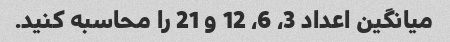
میانگین اعداد 3، 6، 12 و 21 را محاسبه کنید.